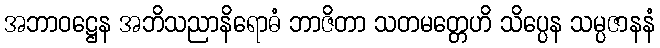
အဘာဝဋ္ဌေန အဘိသညာနိရောဓံ ဘာဇိတာ သတမတ္တေဟိ သိပ္ပေန သမ္ပဇာနနံ